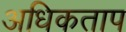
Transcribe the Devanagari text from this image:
अधिकताप